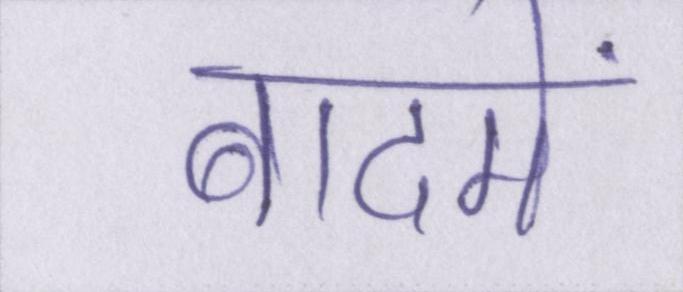
बादमें